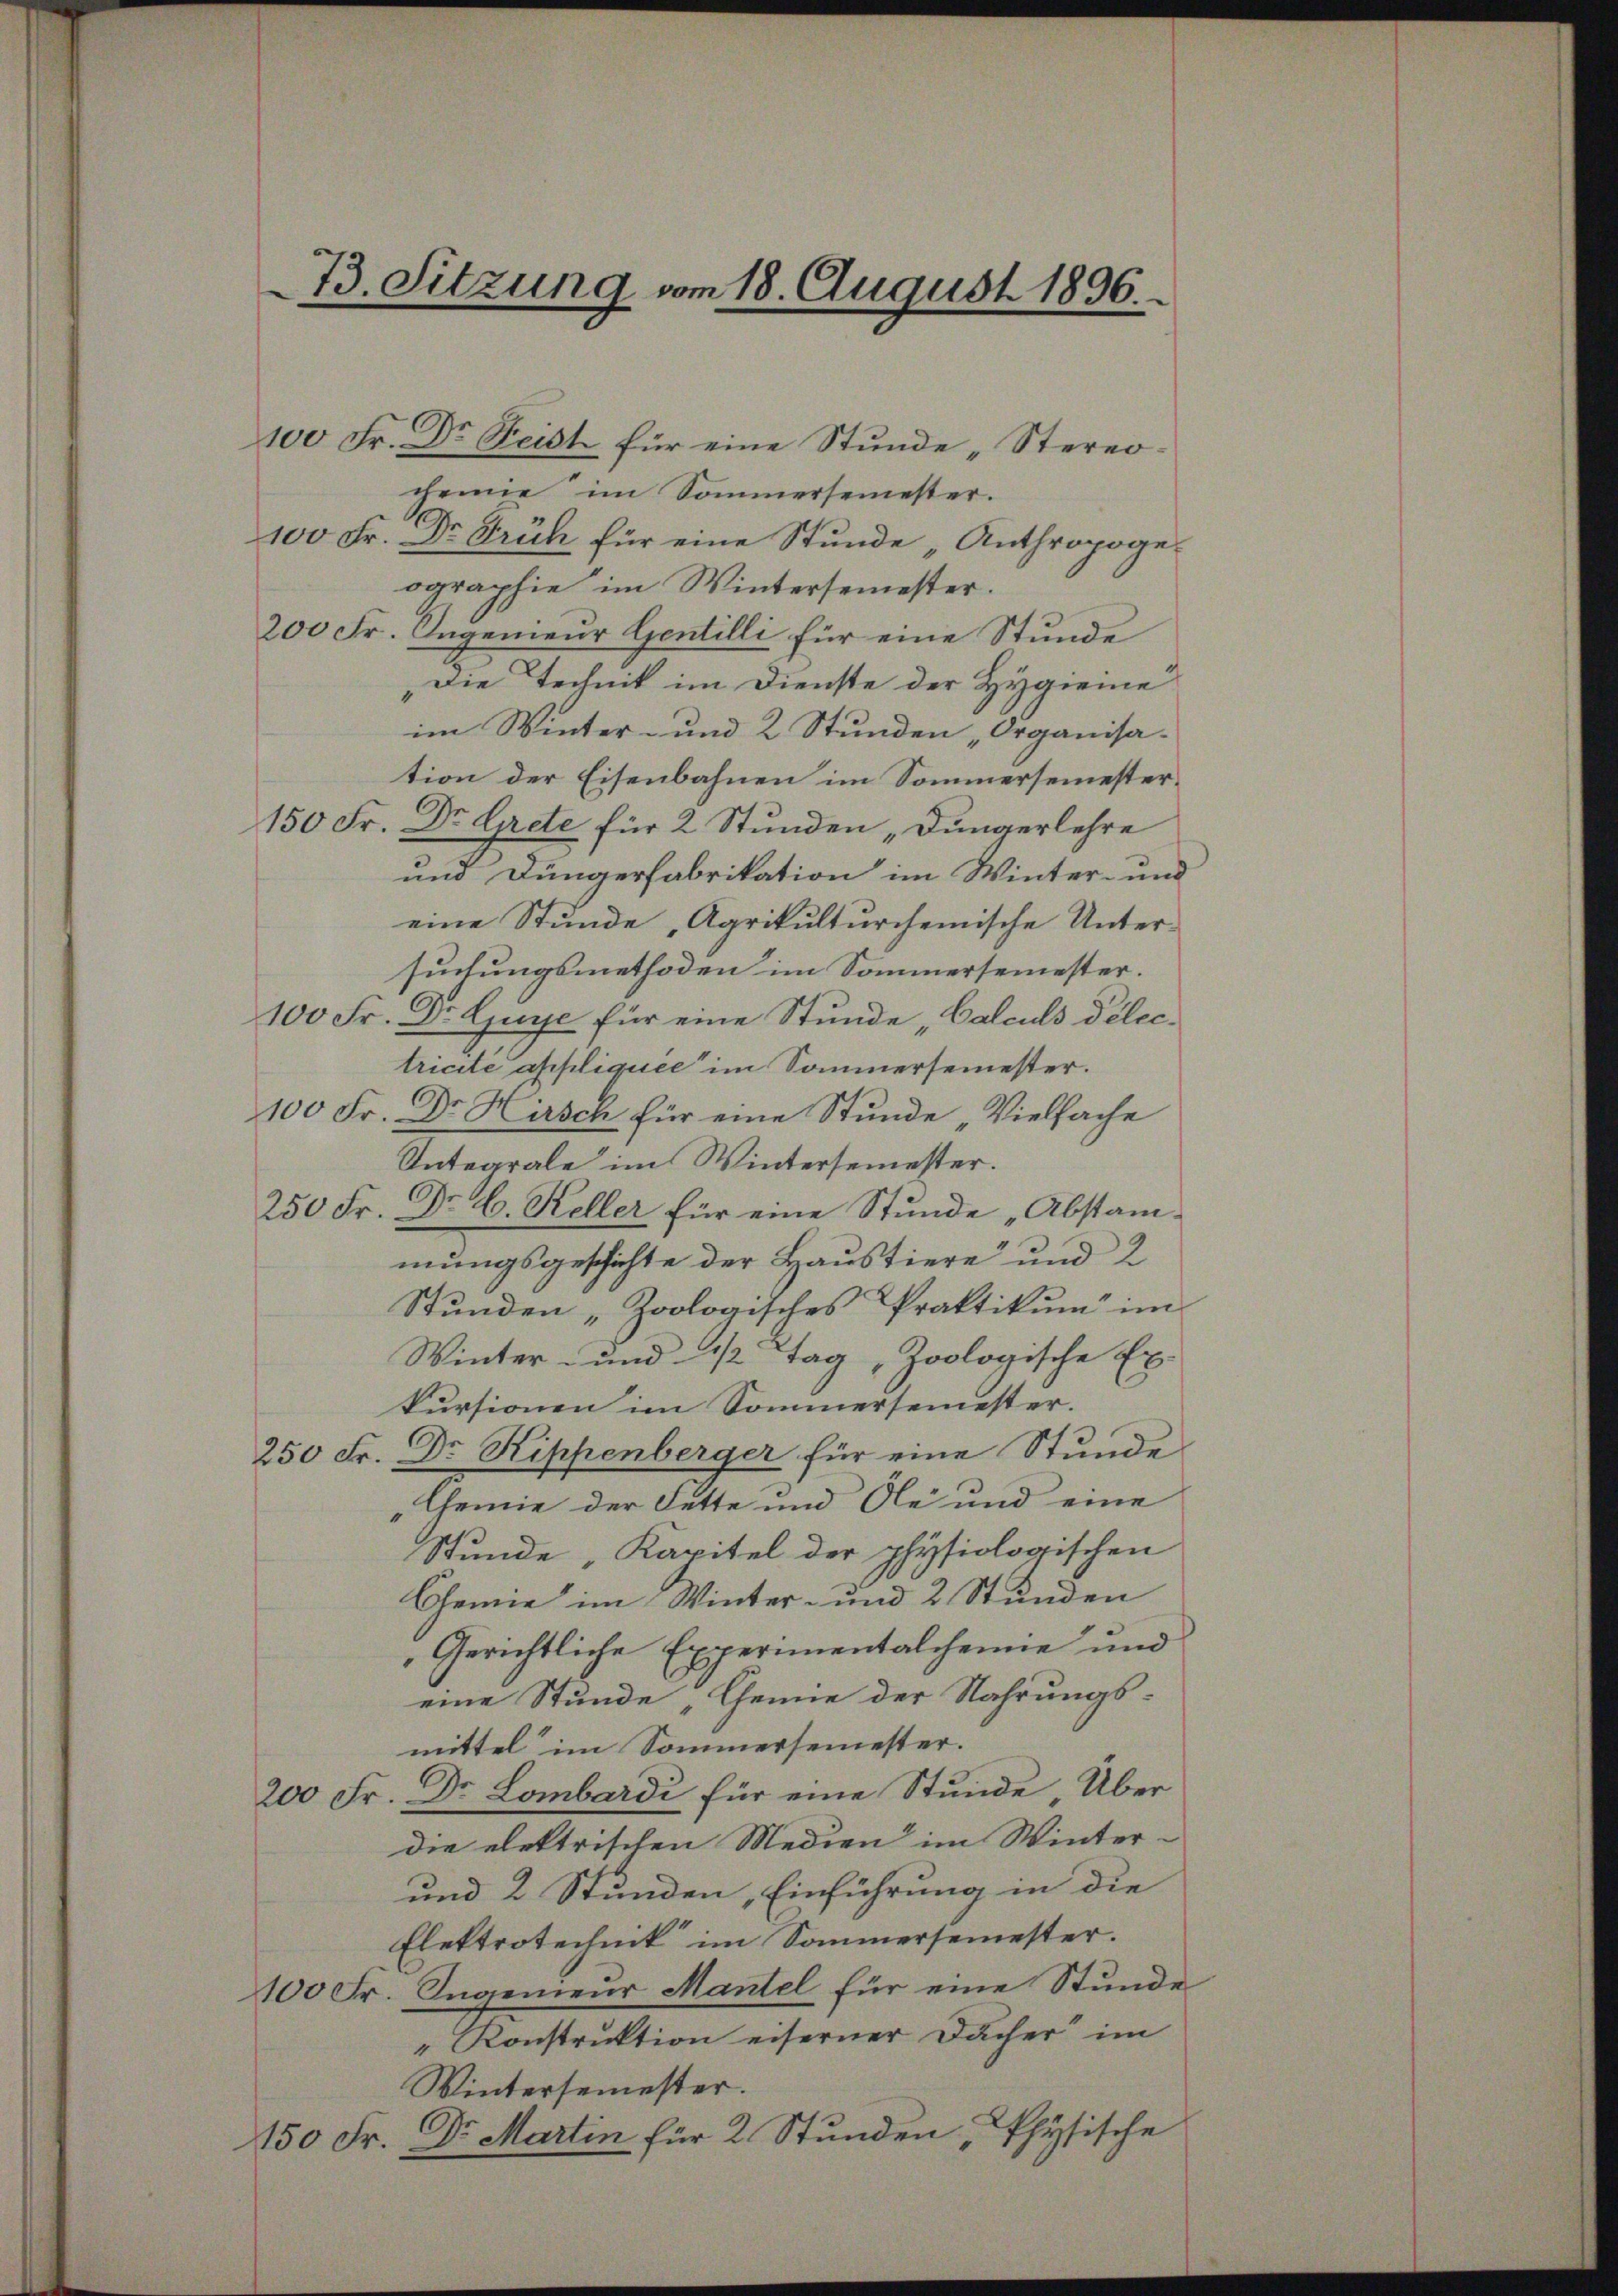
73. Sitzung vom 18. August 1896.

100 Fr. Dr. Beist für eine Stunde „Sternocheine im Sommersemester.
100 Fr. Dr Früh für eine Stunde „Anthropoge.
ographie im Wintersemester.
200 Fr. Ingenieur Gentilli für eine Stunde
Die Technik im Dienste der Hygienie
im Winter- und 2 Stunden „Organisation der Eisenbahnen im Sommersemester¬
150 Fr. Dr. Grete für 2 Stunden „Jungerlehre
und Düngerfabrikation im Winter- und
eine Stunde, Agrikulturchemische Untersuchungsmethoden im Sommersemester.
100 Fr. Dr Guye für eine Stunde Calculs Pelectricite appliquee im Sommersemester.
100 Fr. Dr. Hasch für eine Stunde „Vielfache
Untegrale im Wintersemester.
250 Fr. Dr. C. Keller für eine Stunde „Abstammungsgeschichte der Haustiere und 2
Stunden „Zoologisches Praktikum im
Winter- und 1/2 Tag „Zoologische Ex-
kursionen im Sommersemester.
250 Fr. Dr Rippenberger für eine Stunde
Gemie der Fette und Ole und eine
Stunde „Kapitel der physiologischen
Chemie im Winter- und 2 Stunden
Gerichtliche Experimentalcheine und
eine Stunde „Chemie der Nahrungs-
mittel im Sommersemester.
200 Fr. Dr Lombardi für eine Stunde Über
die elektrischen Medien im Winter-
und 2 Stunden, Einführung in die
Elektrotechnik im Sommersemester.
100 Fr. Ingenieur Mantel für eine Stunde
" Konstruktion eiserner Dächer im
Wintersemester.
150 Fr. Dr. Martin für 2 Stunden , Physische